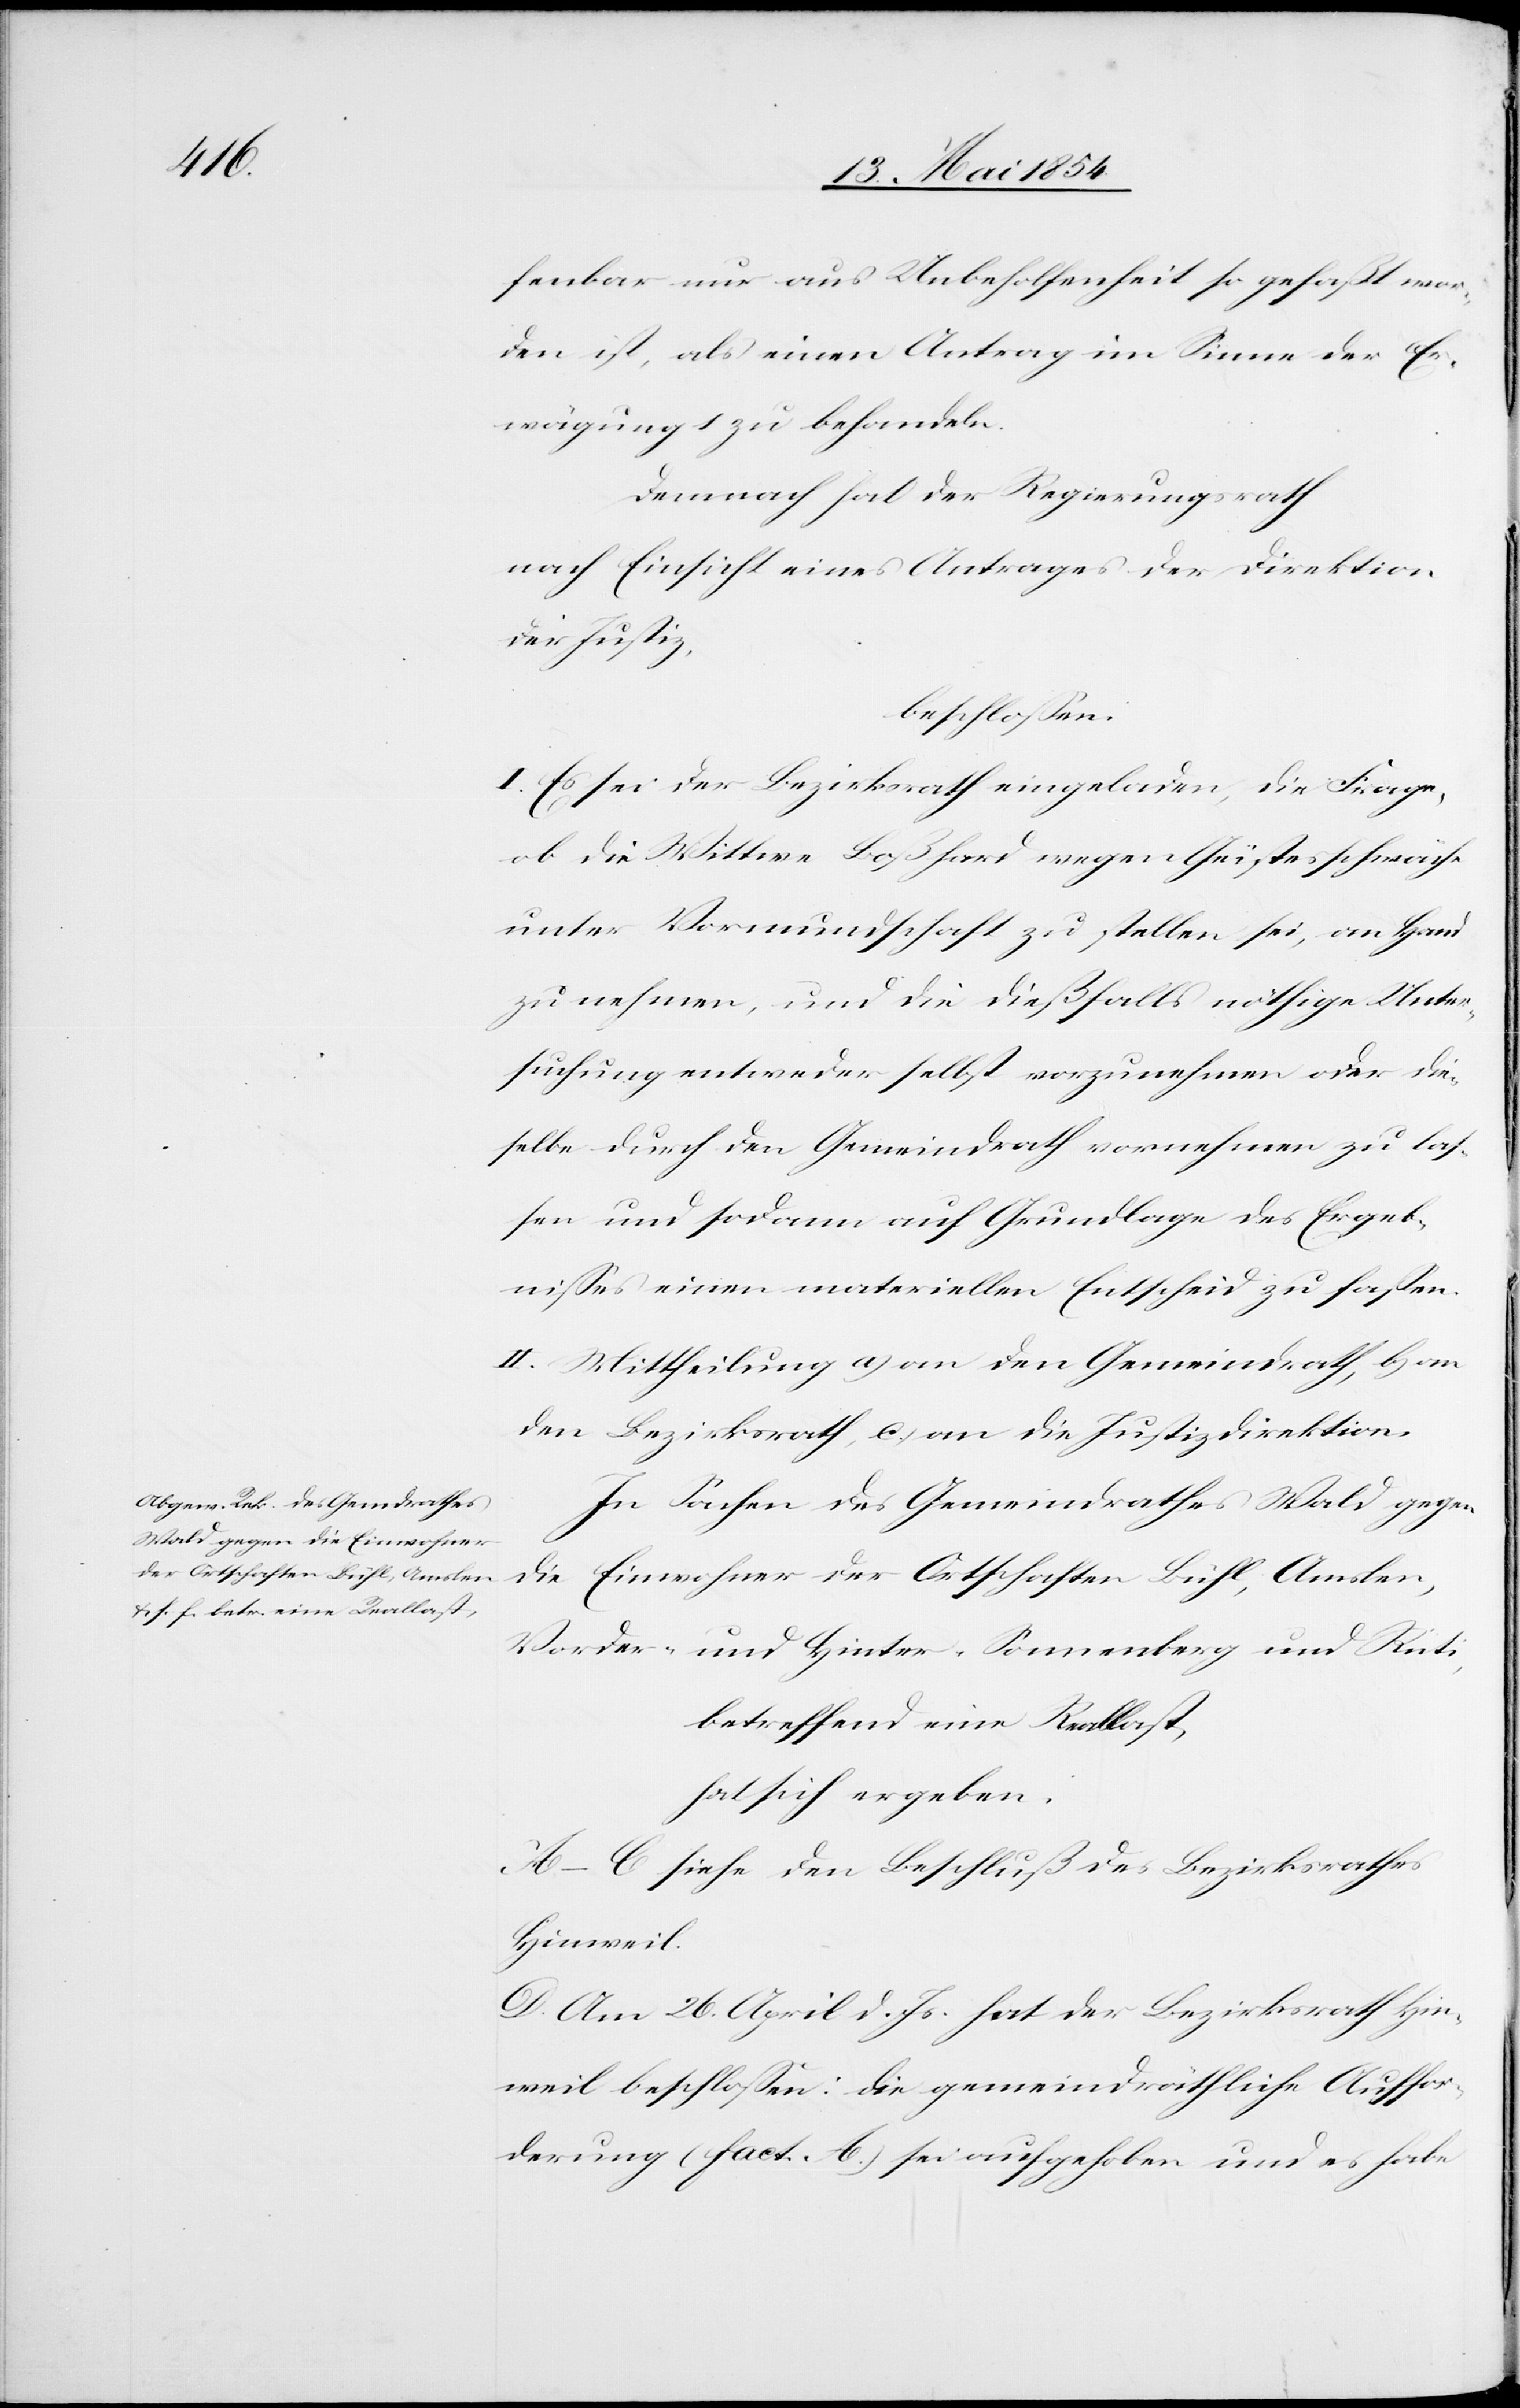
fenbar nur aus Unbeholfenheit so gefaßt wor¬
den ist, als einen Antrag im Sinne der Er¬
wägung 1 zu behandeln.
Demnach hat der Regierungsrath
nach Einsicht eines Antrages der Direktion
der Justiz,
beschloßen:
I. Es sei der Bezirksrath eingeladen, die Frage,
ob die Wittwe Boßhard wegen Geistesschwäche
unter Vormundschaft zu stellen sei, an Hand
zu nehmen, und die dießfalls nöthige Unter¬
suchung entweder selbst vorzunehmen oder die¬
selbe durch den Gemeindrath vornehmen zu laß¬
en und sodann auf Grundlage des Ergeb¬
nißes einen materiellen Entscheid zu faßen.
II. Mittheilung a) an den Gemeindrath, b) an
den Bezirksrath, c) an die Justizdirektion.
In Sachen des Gemeindrathes Wald gegen
die Einwohner der Ortschaften Bühl, Amslen,
Vorder- und Hinter-Sonnenberg und Rüti,
betreffend einer Reallast,
hat sich ergeben:
A.–C. siehe den Beschluß des Bezirksrathes
Hinweil.
D. Am 26. April d. Js. hat der Bezirksrath Hin¬
weil beschloßen: Die gemeindräthliche Auffor¬
derung (fact. A.) sei aufgehoben und es habe